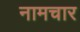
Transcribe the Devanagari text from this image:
नामचार